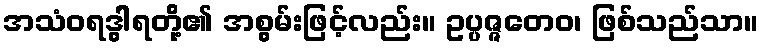
အသံဝရဒွါရတို့၏ အစွမ်းဖြင့်လည်း။ ဥပ္ပဇ္ဇတေဝ၊ ဖြစ်သည်သာ။